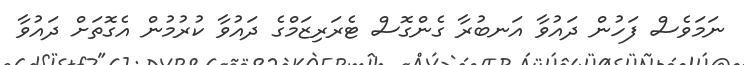
ނަމަވެސް ފަހުން ދައުވާ އަނބުރާ ގެންގޮސް ޓެރަރިޒަމްގެ ދައުވާ ކުރުމުން އެގޮތަށް ދައުވާ